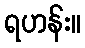
ရဟန်း။